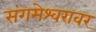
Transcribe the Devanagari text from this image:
संगमेश्वरावर